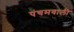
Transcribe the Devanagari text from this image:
पंचमवाली